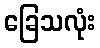
ခြေသလုံး